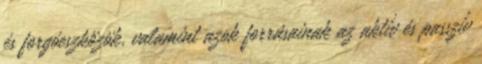
és forgóeszközök, valamint azok forrásainak az aktív és passzív